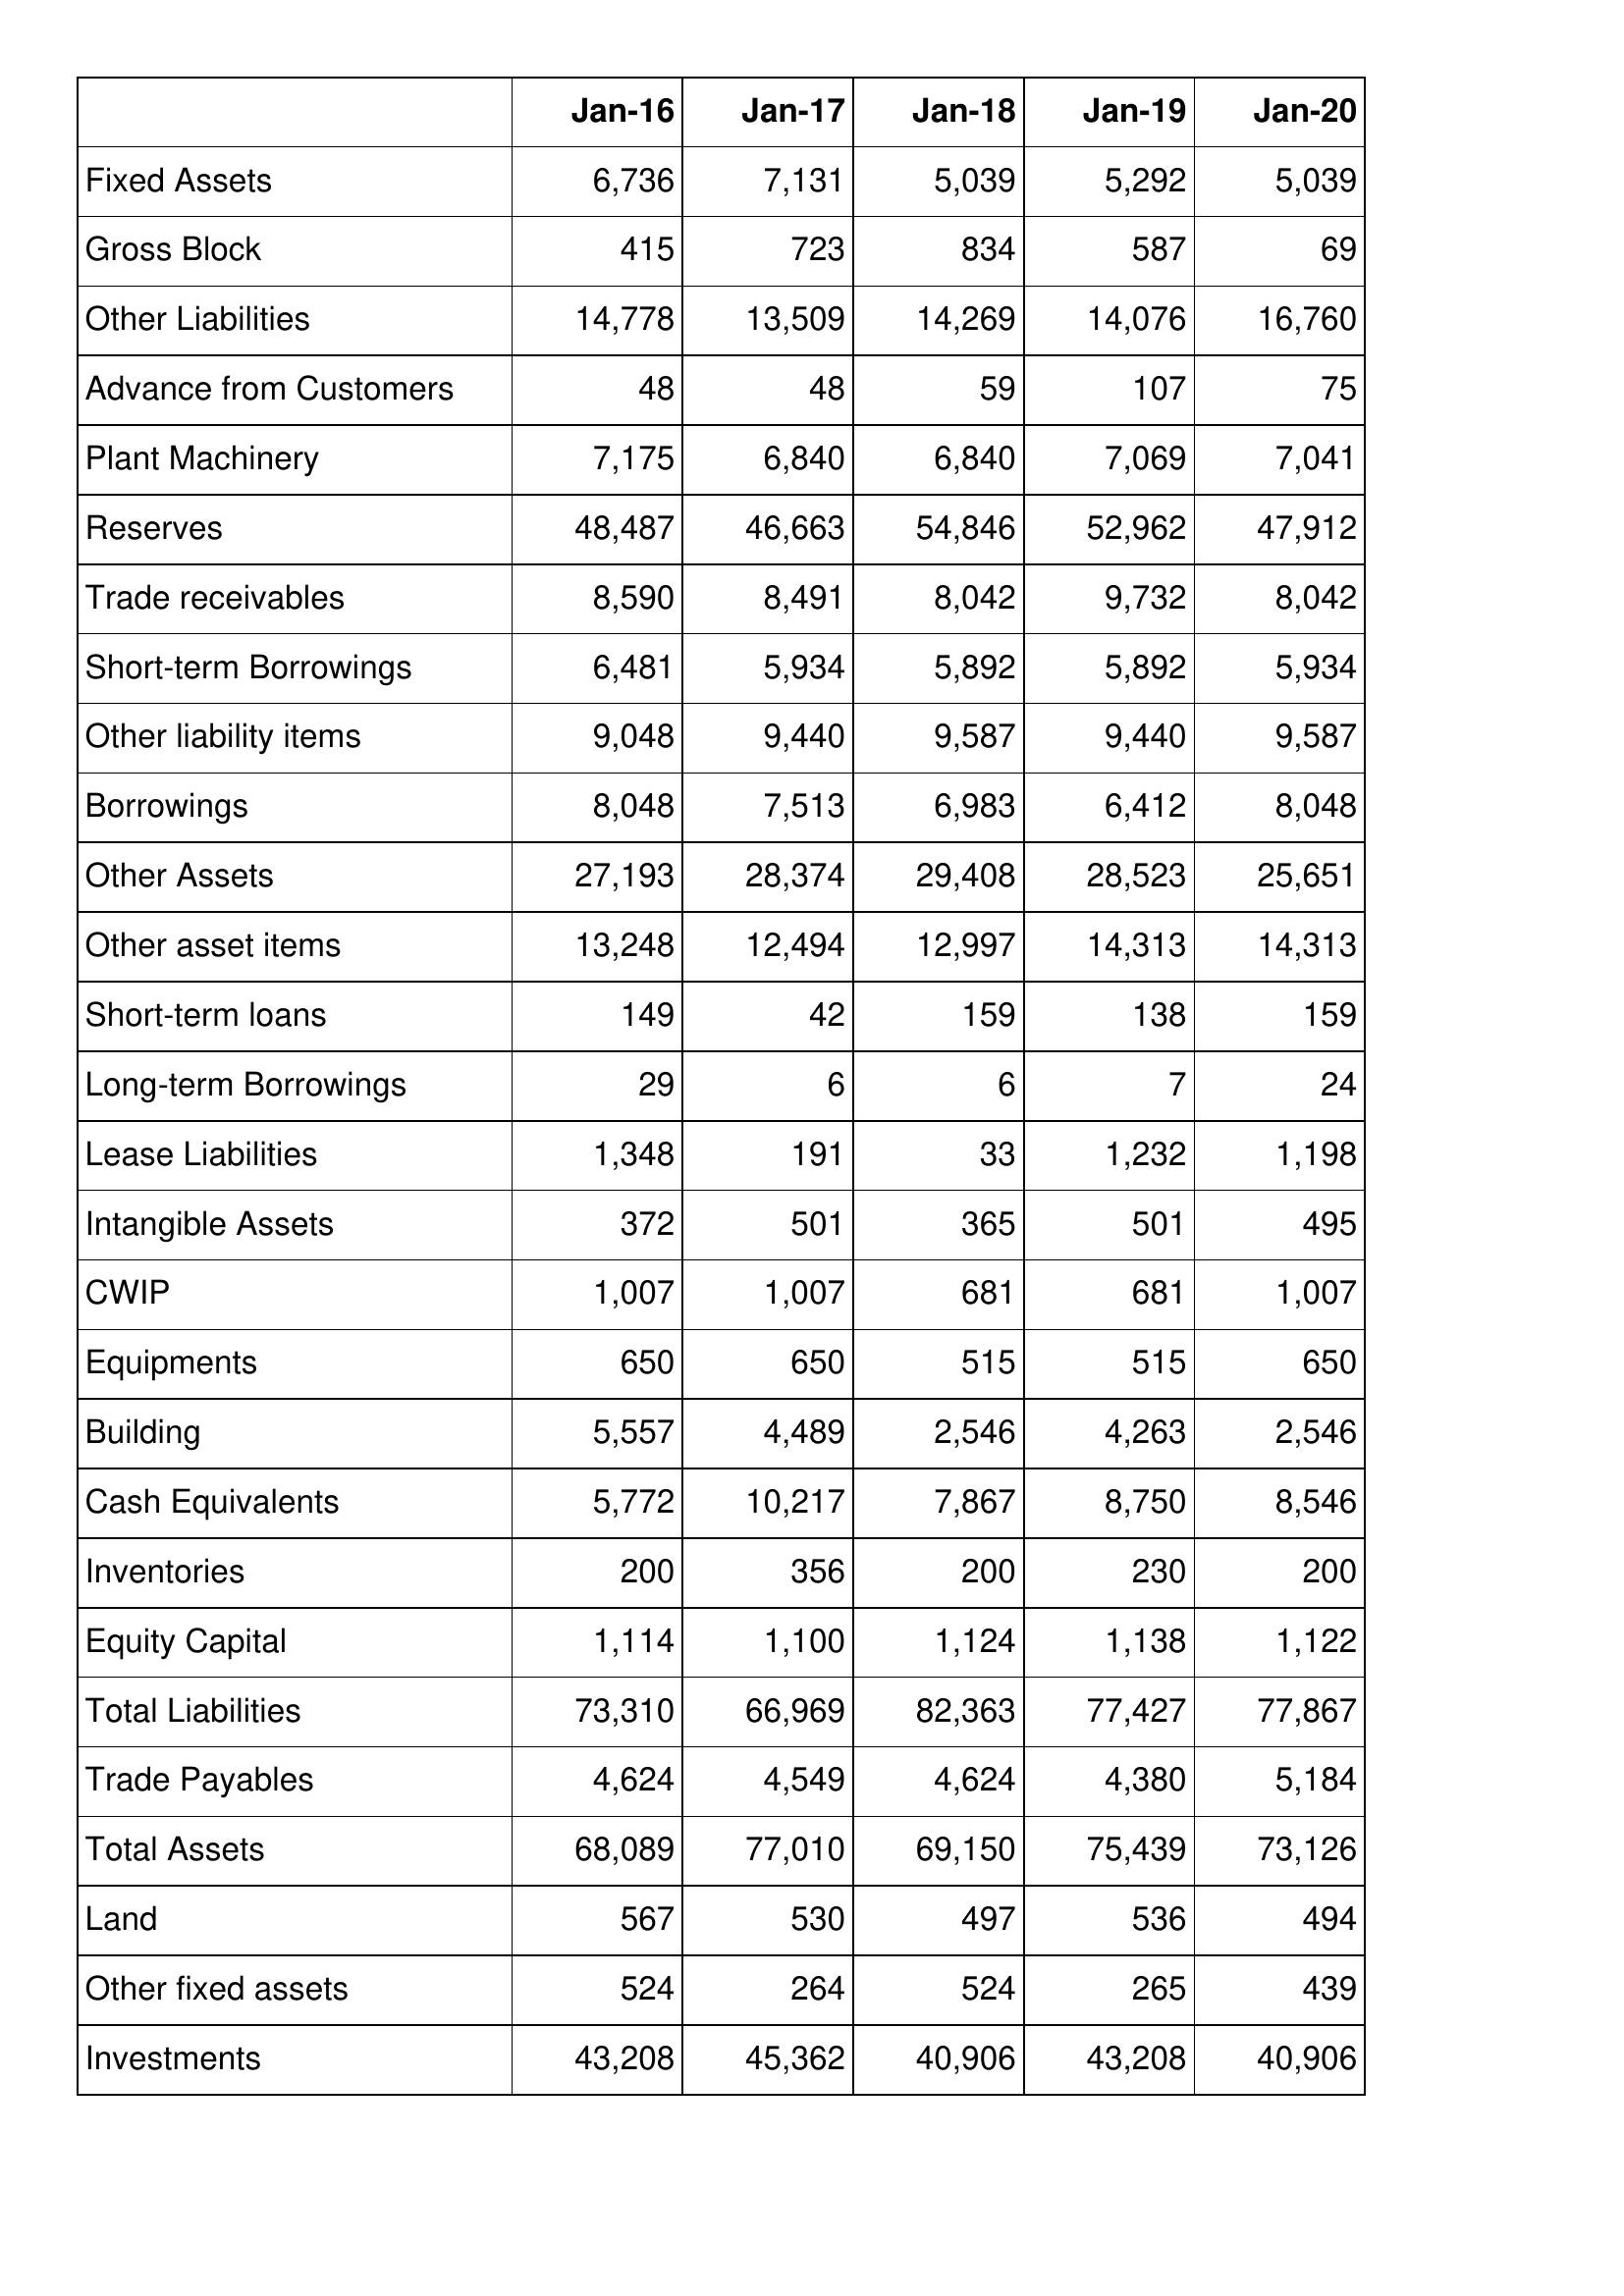
Jan-16: Balance Sheet: Fixed Assets: 6,736
Gross Block: 415
Other Liabilities: 14,778
Advance from Customers: 48
Plant Machinery: 7,175
Reserves: 48,487
Trade receivables: 8,590
Short-term Borrowings: 6,481
Other liability items: 9,048
Borrowings: 8,048
Other Assets: 27,193
Other asset items: 13,248
Short-term loans: 149
Long-term Borrowings: 29
Lease Liabilities: 1,348
Intangible Assets: 372
CWIP: 1,007
Equipments: 650
Building: 5,557
Cash Equivalents: 5,772
Inventories: 200
Equity Capital: 1,114
Total Liabilities: 73,310
Trade Payables: 4,624
Total Assets: 68,089
Land: 567
Other fixed assets: 524
Investments: 43,208
Jan-17: Balance Sheet: Fixed Assets: 7,131
Gross Block: 723
Other Liabilities: 13,509
Advance from Customers: 48
Plant Machinery: 6,840
Reserves: 46,663
Trade receivables: 8,491
Short-term Borrowings: 5,934
Other liability items: 9,440
Borrowings: 7,513
Other Assets: 28,374
Other asset items: 12,494
Short-term loans: 42
Long-term Borrowings: 6
Lease Liabilities: 191
Intangible Assets: 501
CWIP: 1,007
Equipments: 650
Building: 4,489
Cash Equivalents: 10,217
Inventories: 356
Equity Capital: 1,100
Total Liabilities: 66,969
Trade Payables: 4,549
Total Assets: 77,010
Land: 530
Other fixed assets: 264
Investments: 45,362
Jan-18: Balance Sheet: Fixed Assets: 5,039
Gross Block: 834
Other Liabilities: 14,269
Advance from Customers: 59
Plant Machinery: 6,840
Reserves: 54,846
Trade receivables: 8,042
Short-term Borrowings: 5,892
Other liability items: 9,587
Borrowings: 6,983
Other Assets: 29,408
Other asset items: 12,997
Short-term loans: 159
Long-term Borrowings: 6
Lease Liabilities: 33
Intangible Assets: 365
CWIP: 681
Equipments: 515
Building: 2,546
Cash Equivalents: 7,867
Inventories: 200
Equity Capital: 1,124
Total Liabilities: 82,363
Trade Payables: 4,624
Total Assets: 69,150
Land: 497
Other fixed assets: 524
Investments: 40,906
Jan-19: Balance Sheet: Fixed Assets: 5,292
Gross Block: 587
Other Liabilities: 14,076
Advance from Customers: 107
Plant Machinery: 7,069
Reserves: 52,962
Trade receivables: 9,732
Short-term Borrowings: 5,892
Other liability items: 9,440
Borrowings: 6,412
Other Assets: 28,523
Other asset items: 14,313
Short-term loans: 138
Long-term Borrowings: 7
Lease Liabilities: 1,232
Intangible Assets: 501
CWIP: 681
Equipments: 515
Building: 4,263
Cash Equivalents: 8,750
Inventories: 230
Equity Capital: 1,138
Total Liabilities: 77,427
Trade Payables: 4,380
Total Assets: 75,439
Land: 536
Other fixed assets: 265
Investments: 43,208
Jan-20: Balance Sheet: Fixed Assets: 5,039
Gross Block: 69
Other Liabilities: 16,760
Advance from Customers: 75
Plant Machinery: 7,041
Reserves: 47,912
Trade receivables: 8,042
Short-term Borrowings: 5,934
Other liability items: 9,587
Borrowings: 8,048
Other Assets: 25,651
Other asset items: 14,313
Short-term loans: 159
Long-term Borrowings: 24
Lease Liabilities: 1,198
Intangible Assets: 495
CWIP: 1,007
Equipments: 650
Building: 2,546
Cash Equivalents: 8,546
Inventories: 200
Equity Capital: 1,122
Total Liabilities: 77,867
Trade Payables: 5,184
Total Assets: 73,126
Land: 494
Other fixed assets: 439
Investments: 40,906